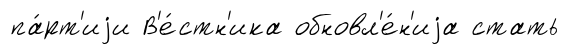
па́рт'иjи В'е́стн'ика обновл'е́н'иjа стать